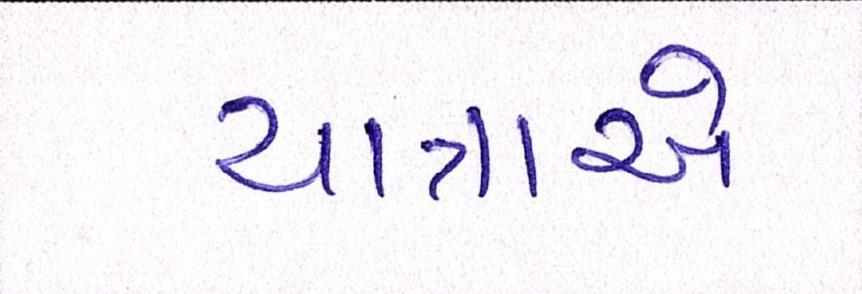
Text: યાત્રાએ